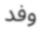
وفد